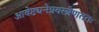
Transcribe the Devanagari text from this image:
आवेष्ट्यनेत्रवस्त्रेणततः